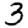
Digit: 3